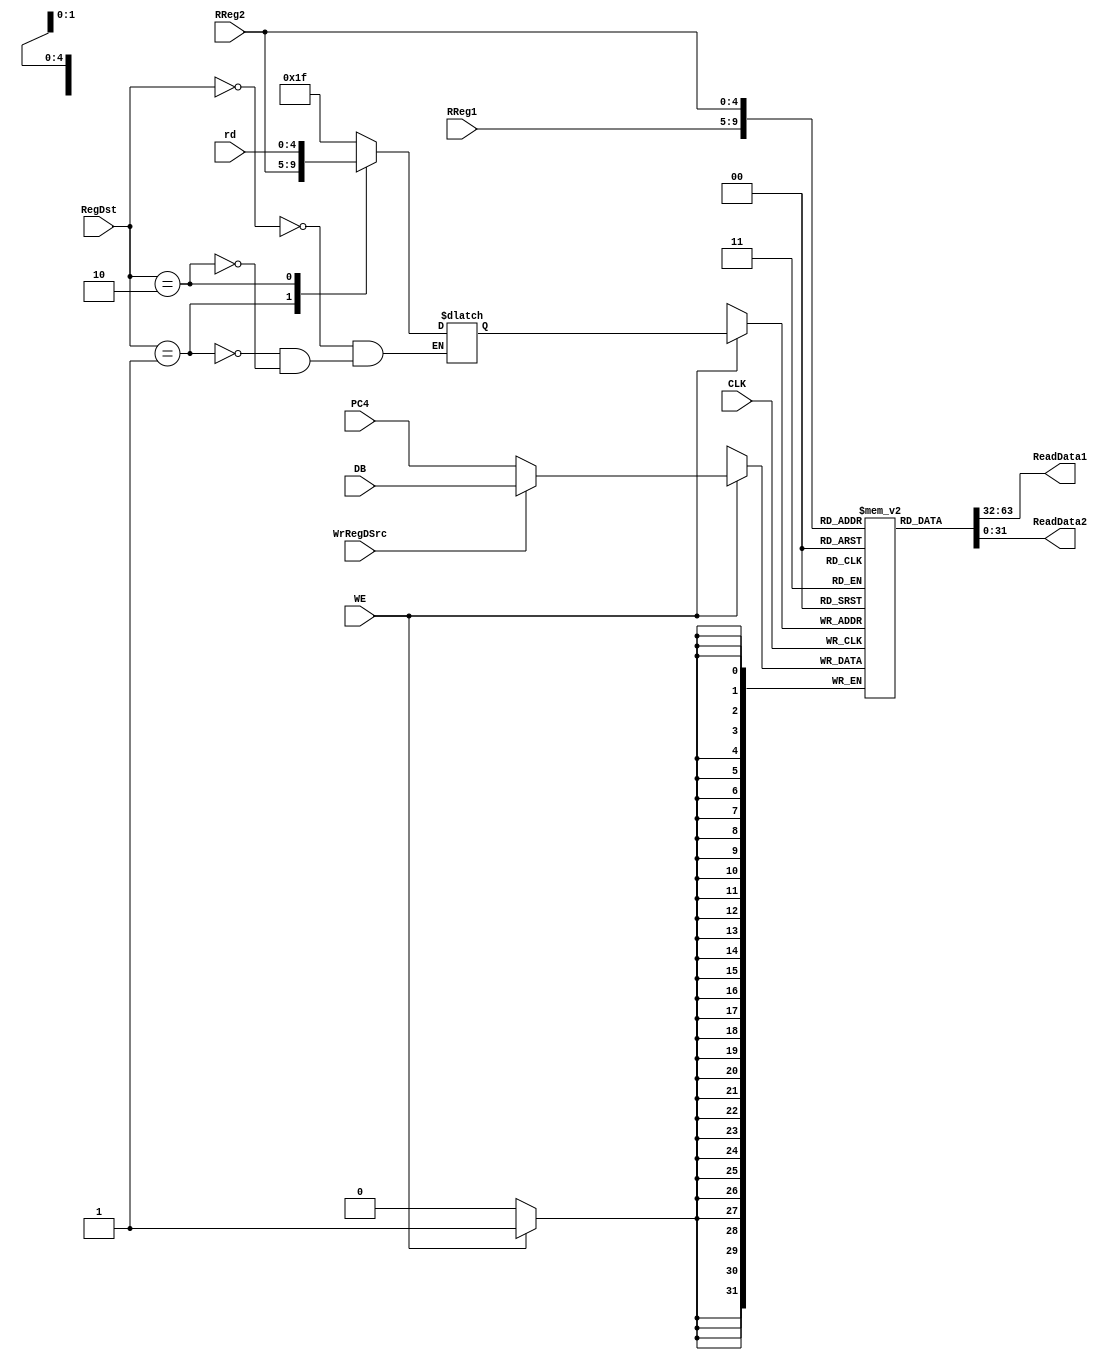
`timescale 1ns / 1ps
//////////////////////////////////////////////////////////////////////////////////
// Company: 
// Engineer: 
// 
// Design Name: 
// Module Name: RF
// Project Name: 
// Target Devices: 
// Tool Versions: 
// Description: 
// 
// Dependencies: 
// 
// Revision:
// Revision 0.01 - File Created
// Additional Comments:
// 
//////////////////////////////////////////////////////////////////////////////////


module RF(
    input CLK,                  // 
    input WE,                   // 
    input WrRegDSrc,            // 
    input [1:0] RegDst,         // 
    input [4:0] RReg1,          //  1
    input [4:0] RReg2,          //  2
    input [4:0] rd,             // rd 
    input [31:0] DB,            // 1
    input [31:0] PC4,           // 2
    output reg [31:0] ReadData1,//  1
    output reg [31:0] ReadData2 //  2
    );

    reg [4:0] WReg;
    wire [31:0] WriteData;

    always @(*) begin
        case(RegDst)
            2'b00:
                WReg <= 5'b11111;
            2'b01:
                WReg <= RReg2;
            2'b10:
                WReg <= rd;
        endcase
    end 

    assign WriteData = (WrRegDSrc) ? DB : PC4;

    reg [31:0] Regs[0:31]; // 32*32
    
    integer i = 0; 
    initial begin // 
      repeat(32) begin
        Regs[i] = 0;
        i = i + 1;
      end
    end

    // 
    always @(*) begin
        ReadData1 <= Regs[RReg1];
        ReadData2 <= Regs[RReg2];
    end

    // 
    always @(negedge CLK) begin
      if (WE) begin
        Regs[WReg] <= WriteData;
      end
    end
endmodule